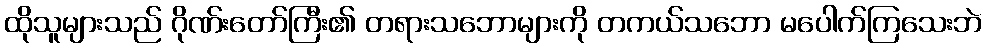
ထိုသူများသည် ဂိုဏ်းတော်ကြီး၏ တရားသဘောများကို တကယ်သဘော မပေါက်ကြသေးဘဲ